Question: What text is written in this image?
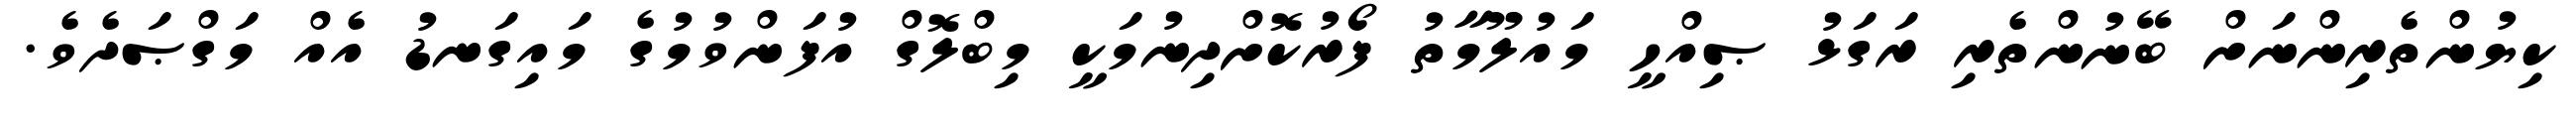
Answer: ކިޔުންތެރިންނަށް ބޭނުންތެރި ރަގަޅު ޞިއްހީ މައުލޫމާތު ފޯރުކޮށްދިނުމަކީ މިބްލޮގް އުފަންވުމުގެ މައިގަނޑު އެއް މަގްޞަދެވެ.